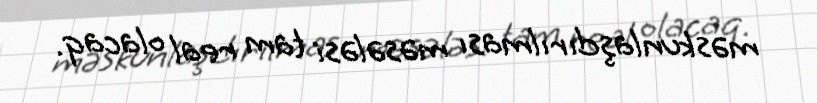
məskunlaşdırılması məsələsi tam real olacaq.